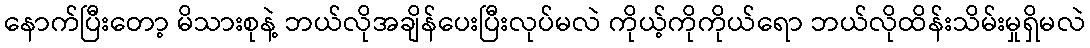
နောက်ပြီးတော့ မိသားစုနဲ့ ဘယ်လိုအချိန်ပေးပြီးလုပ်မလဲ ကိုယ့်ကိုကိုယ်ရော ဘယ်လိုထိန်းသိမ်းမှုရှိမလဲ